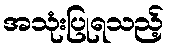
အသုံးပြုရသည့်